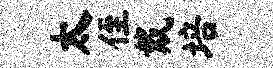
太侄戴培